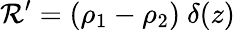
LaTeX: \mathcal{R}^{\prime}=(\rho_{1}-\rho_{2})\ \delta(z)